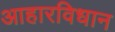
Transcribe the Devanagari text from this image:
आहारविधान